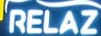
RELAZ